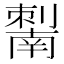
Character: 𰅆